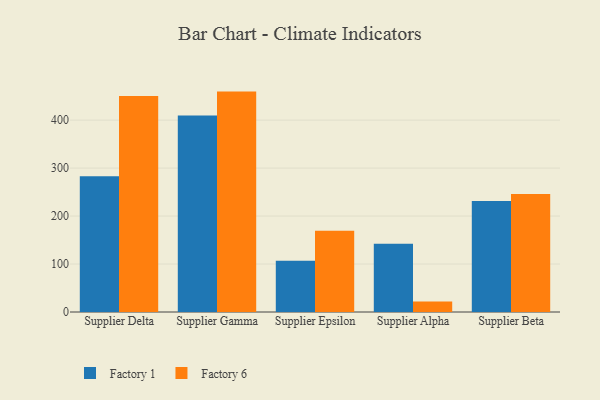
{"axis": {"x": "Supplier", "y": "Revenue (USD Million)"}, "legend": ["Factory 1", "Factory 6"], "data": [{"x": "Supplier Delta", "y": 282.8, "type": "Factory 1"}, {"x": "Supplier Delta", "y": 450.2, "type": "Factory 6"}, {"x": "Supplier Gamma", "y": 409.7, "type": "Factory 1"}, {"x": "Supplier Gamma", "y": 459.4, "type": "Factory 6"}, {"x": "Supplier Epsilon", "y": 107.0, "type": "Factory 1"}, {"x": "Supplier Epsilon", "y": 169.6, "type": "Factory 6"}, {"x": "Supplier Alpha", "y": 142.5, "type": "Factory 1"}, {"x": "Supplier Alpha", "y": 22.0, "type": "Factory 6"}, {"x": "Supplier Beta", "y": 231.3, "type": "Factory 1"}, {"x": "Supplier Beta", "y": 246.2, "type": "Factory 6"}]}